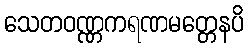
သေတဝဏ္ဏကရဏမတ္တေနပိ